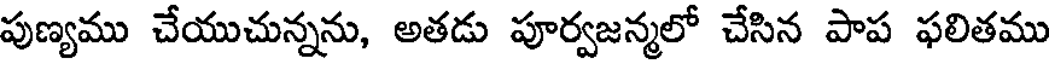
పుణ్యము చేయుచున్నను, అతడు పూర్వజన్మలో చేసిన పాప ఫలితము